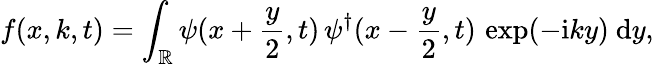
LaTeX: f(x,k,t)=\int_{\mathbb{R}}\psi(x+\frac{y}{2},t)\, \psi^{\dagger}(x-\frac{y}{2},t)\, \exp(-\mathrm{i}ky)~\mathrm{d}y,